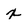
Character: x